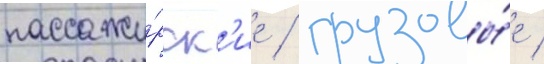
пассажи́рск'ие / грузовы́е /